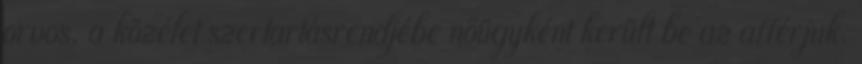
orvos, a közélet szertartásrendjébe nőügyként került be az afférjuk.